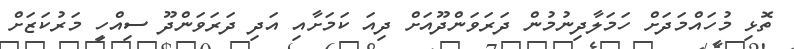
ތޮޅި މުހައްމަދަށް ހަމަލާދިނުމުން ދަރަވަންދޫއަށް ދިއަ ކަމަށާއި އަދި ދަރަވަންދޫ ސިއްހީ މަރުކަޒަށް